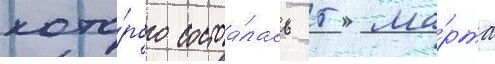
кото́рого состоа́лась 5 ма́рта